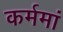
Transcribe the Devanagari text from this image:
कर्ममां